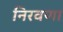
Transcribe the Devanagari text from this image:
निरवणा